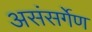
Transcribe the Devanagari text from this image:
असंसर्गेण